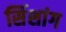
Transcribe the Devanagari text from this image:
सिंशांग